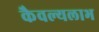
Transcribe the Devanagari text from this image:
कैवल्यलाभ